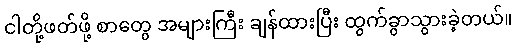
ငါတို့ဖတ်ဖို့ စာတွေ အများကြီး ချန်ထားပြီး ထွက်ခွာသွားခဲ့တယ်။